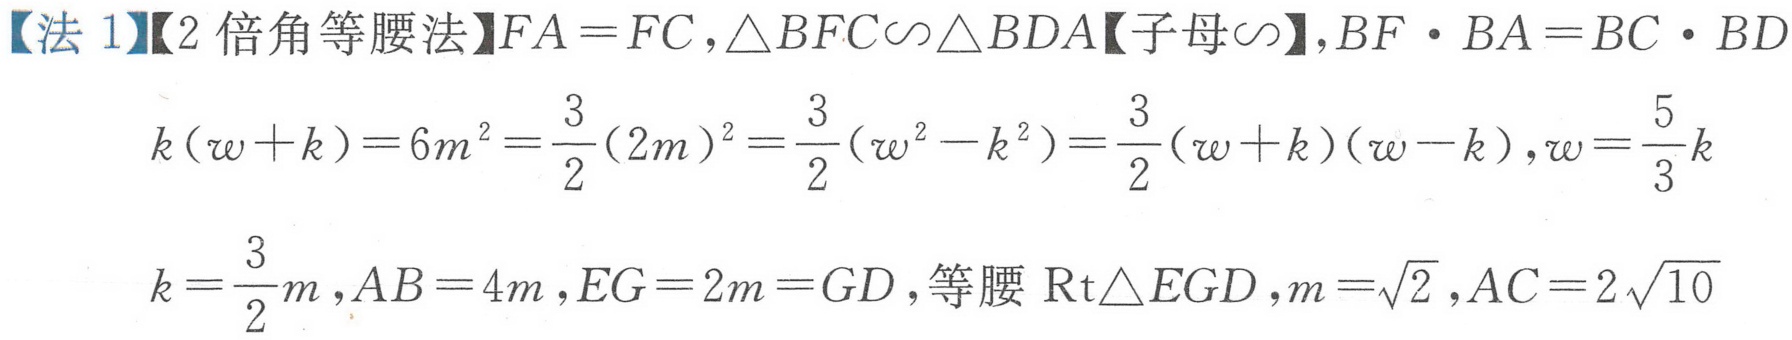
【法1】【2倍角等腰法】\(FA = FC,\triangle BFC\sim\triangle BDA\)【子母\(\sim\)】,\(BF\cdot BA = BC\cdot BD\)
\[
k(w + k)=6m^{2}=\frac{3}{2}(2m)^{2}=\frac{3}{2}(w^{2}-k^{2})=\frac{3}{2}(w + k)(w - k),w=\frac{5}{3}k
\]
\[
k=\frac{3}{2}m,AB = 4m,EG = 2m = GD,\text{等腰}\text{Rt}\triangle EGD,m=\sqrt{2},AC = 2\sqrt{10}
\]